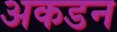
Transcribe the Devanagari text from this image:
अकडन